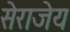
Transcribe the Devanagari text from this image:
सेराजेय